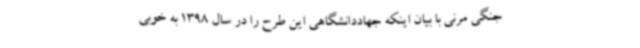
جنگی مرنی با بیان اینکه جهاددانشگاهی این طرح را در سال 1398 به خوبی